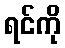
ရင်ကို